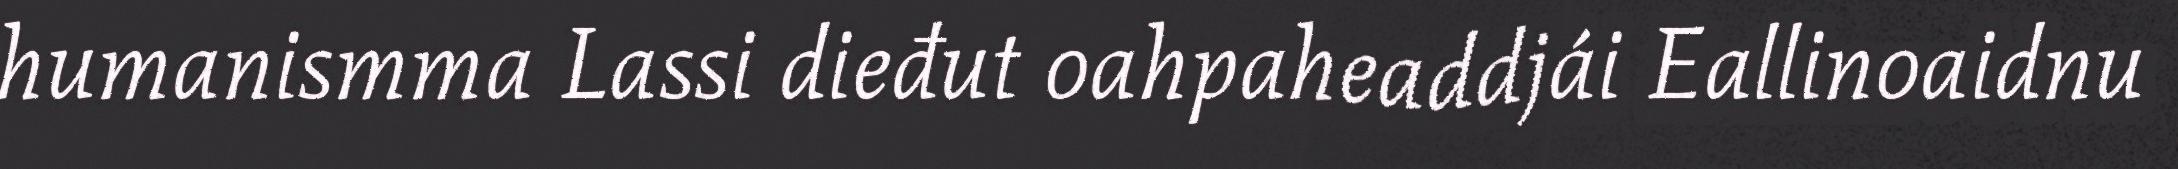
humanismma Lassi dieđut oahpaheaddjái Eallinoaidnu